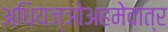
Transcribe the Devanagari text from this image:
अधियज्ञोअहमेवात्र